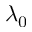
\lambda _ { 0 }